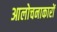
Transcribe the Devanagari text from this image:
आलोचनाकारों